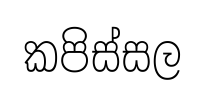
කපිස්සල